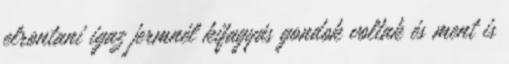
elrontani igaz jermnél kifagyás gondok voltak és ment is